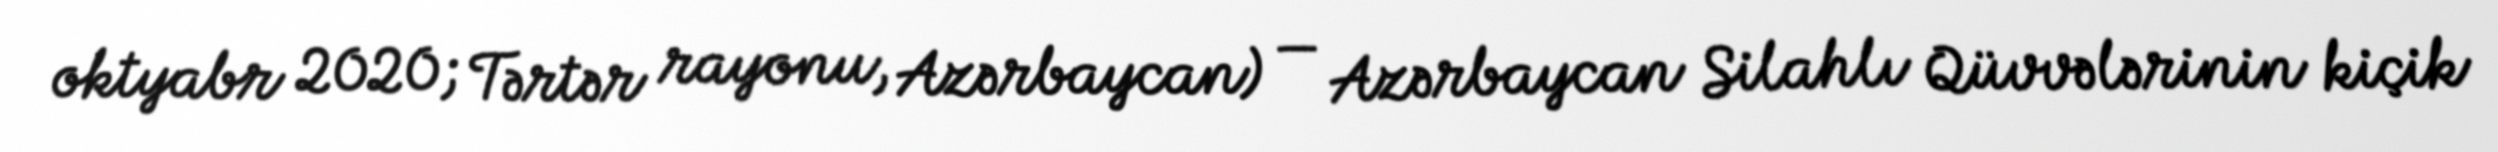
oktyabr 2020; Tərtər rayonu, Azərbaycan) — Azərbaycan Silahlı Qüvvələrinin kiçik